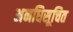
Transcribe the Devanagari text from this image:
अनधिसूचित